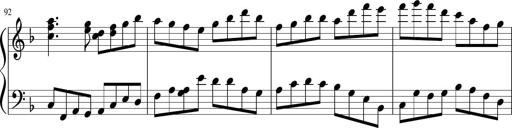
Title: Sonatina in F major
Composer: Ethan Ngo
Key: F major